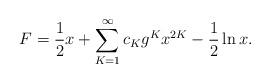
LaTeX: \begin{align*}F = \frac{1}{2}x + \sum_{K=1}^{\infty}c_K g^K x^{2K} - \frac{1}{2}\ln x.\end{align*}